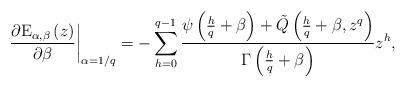
LaTeX: \begin{align*}\left. \frac{\partial \mathrm{E}_{\alpha ,\beta }\left( z\right) }{\partial\beta }\right\vert _{\alpha =1/q}=-\sum_{h=0}^{q-1}\frac{\psi \left( \frac{h}{q}+\beta \right) +\tilde{Q}\left( \frac{h}{q}+\beta ,z^{q}\right) }{\Gamma\left( \frac{h}{q}+\beta \right) }z^{h}, \end{align*}